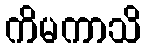
ကိမကာသိ